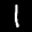
Label: 1